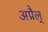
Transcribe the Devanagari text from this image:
अप्रैल्